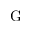
\mathrm { G }